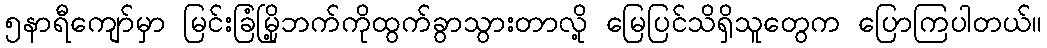
၅နာရီကျော်မှာ မြင်းခြံမြို့ဘက်ကိုထွက်ခွာသွားတာလို့ မြေပြင်သိရှိသူတွေက ပြောကြပါတယ်။